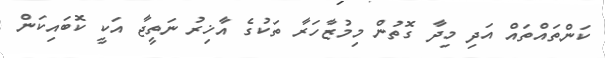
ކަންތައްތައް އަދި މިދާ ގޮތުން މިމުޒާހަރާ ތަކުގެ އާޚިރު ނަތީޖާ އަކީ ކޮބައިކަން